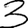
Digit: 3